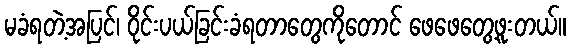
မခံရတဲ့အပြင်၊ ဝိုင်းပယ်ခြင်းခံရတာတွေကိုတောင် ဖေဖေတွေ့ဖူးတယ်။